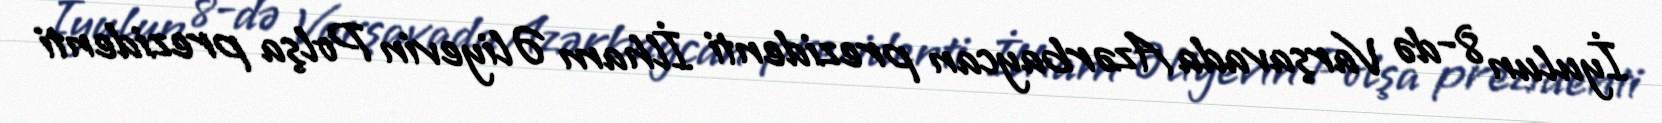
İyulun 8-də Varşavada Azərbaycan prezidenti İlham Əliyevin Polşa prezidenti